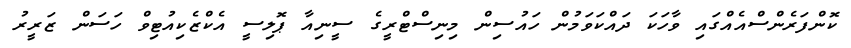
ކޮންފަރެންސްއެއްގައި ވާހަކަ ދައްކަވަމުން ހައުސިން މިނިސްޓްރީގެ ސީނިއާ ޕޮލިސީ އެކްޒެކިއުޓިވް ހަސަން ޒަރީރުު